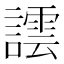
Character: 𧬞